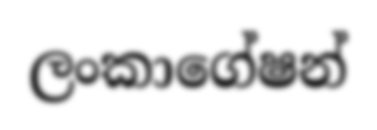
ලංකාගේෂන්